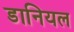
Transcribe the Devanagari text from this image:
डानियल